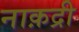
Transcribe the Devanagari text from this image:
नाक़द्री